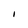
Character: I